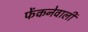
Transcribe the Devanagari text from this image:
फेंकनेवाली